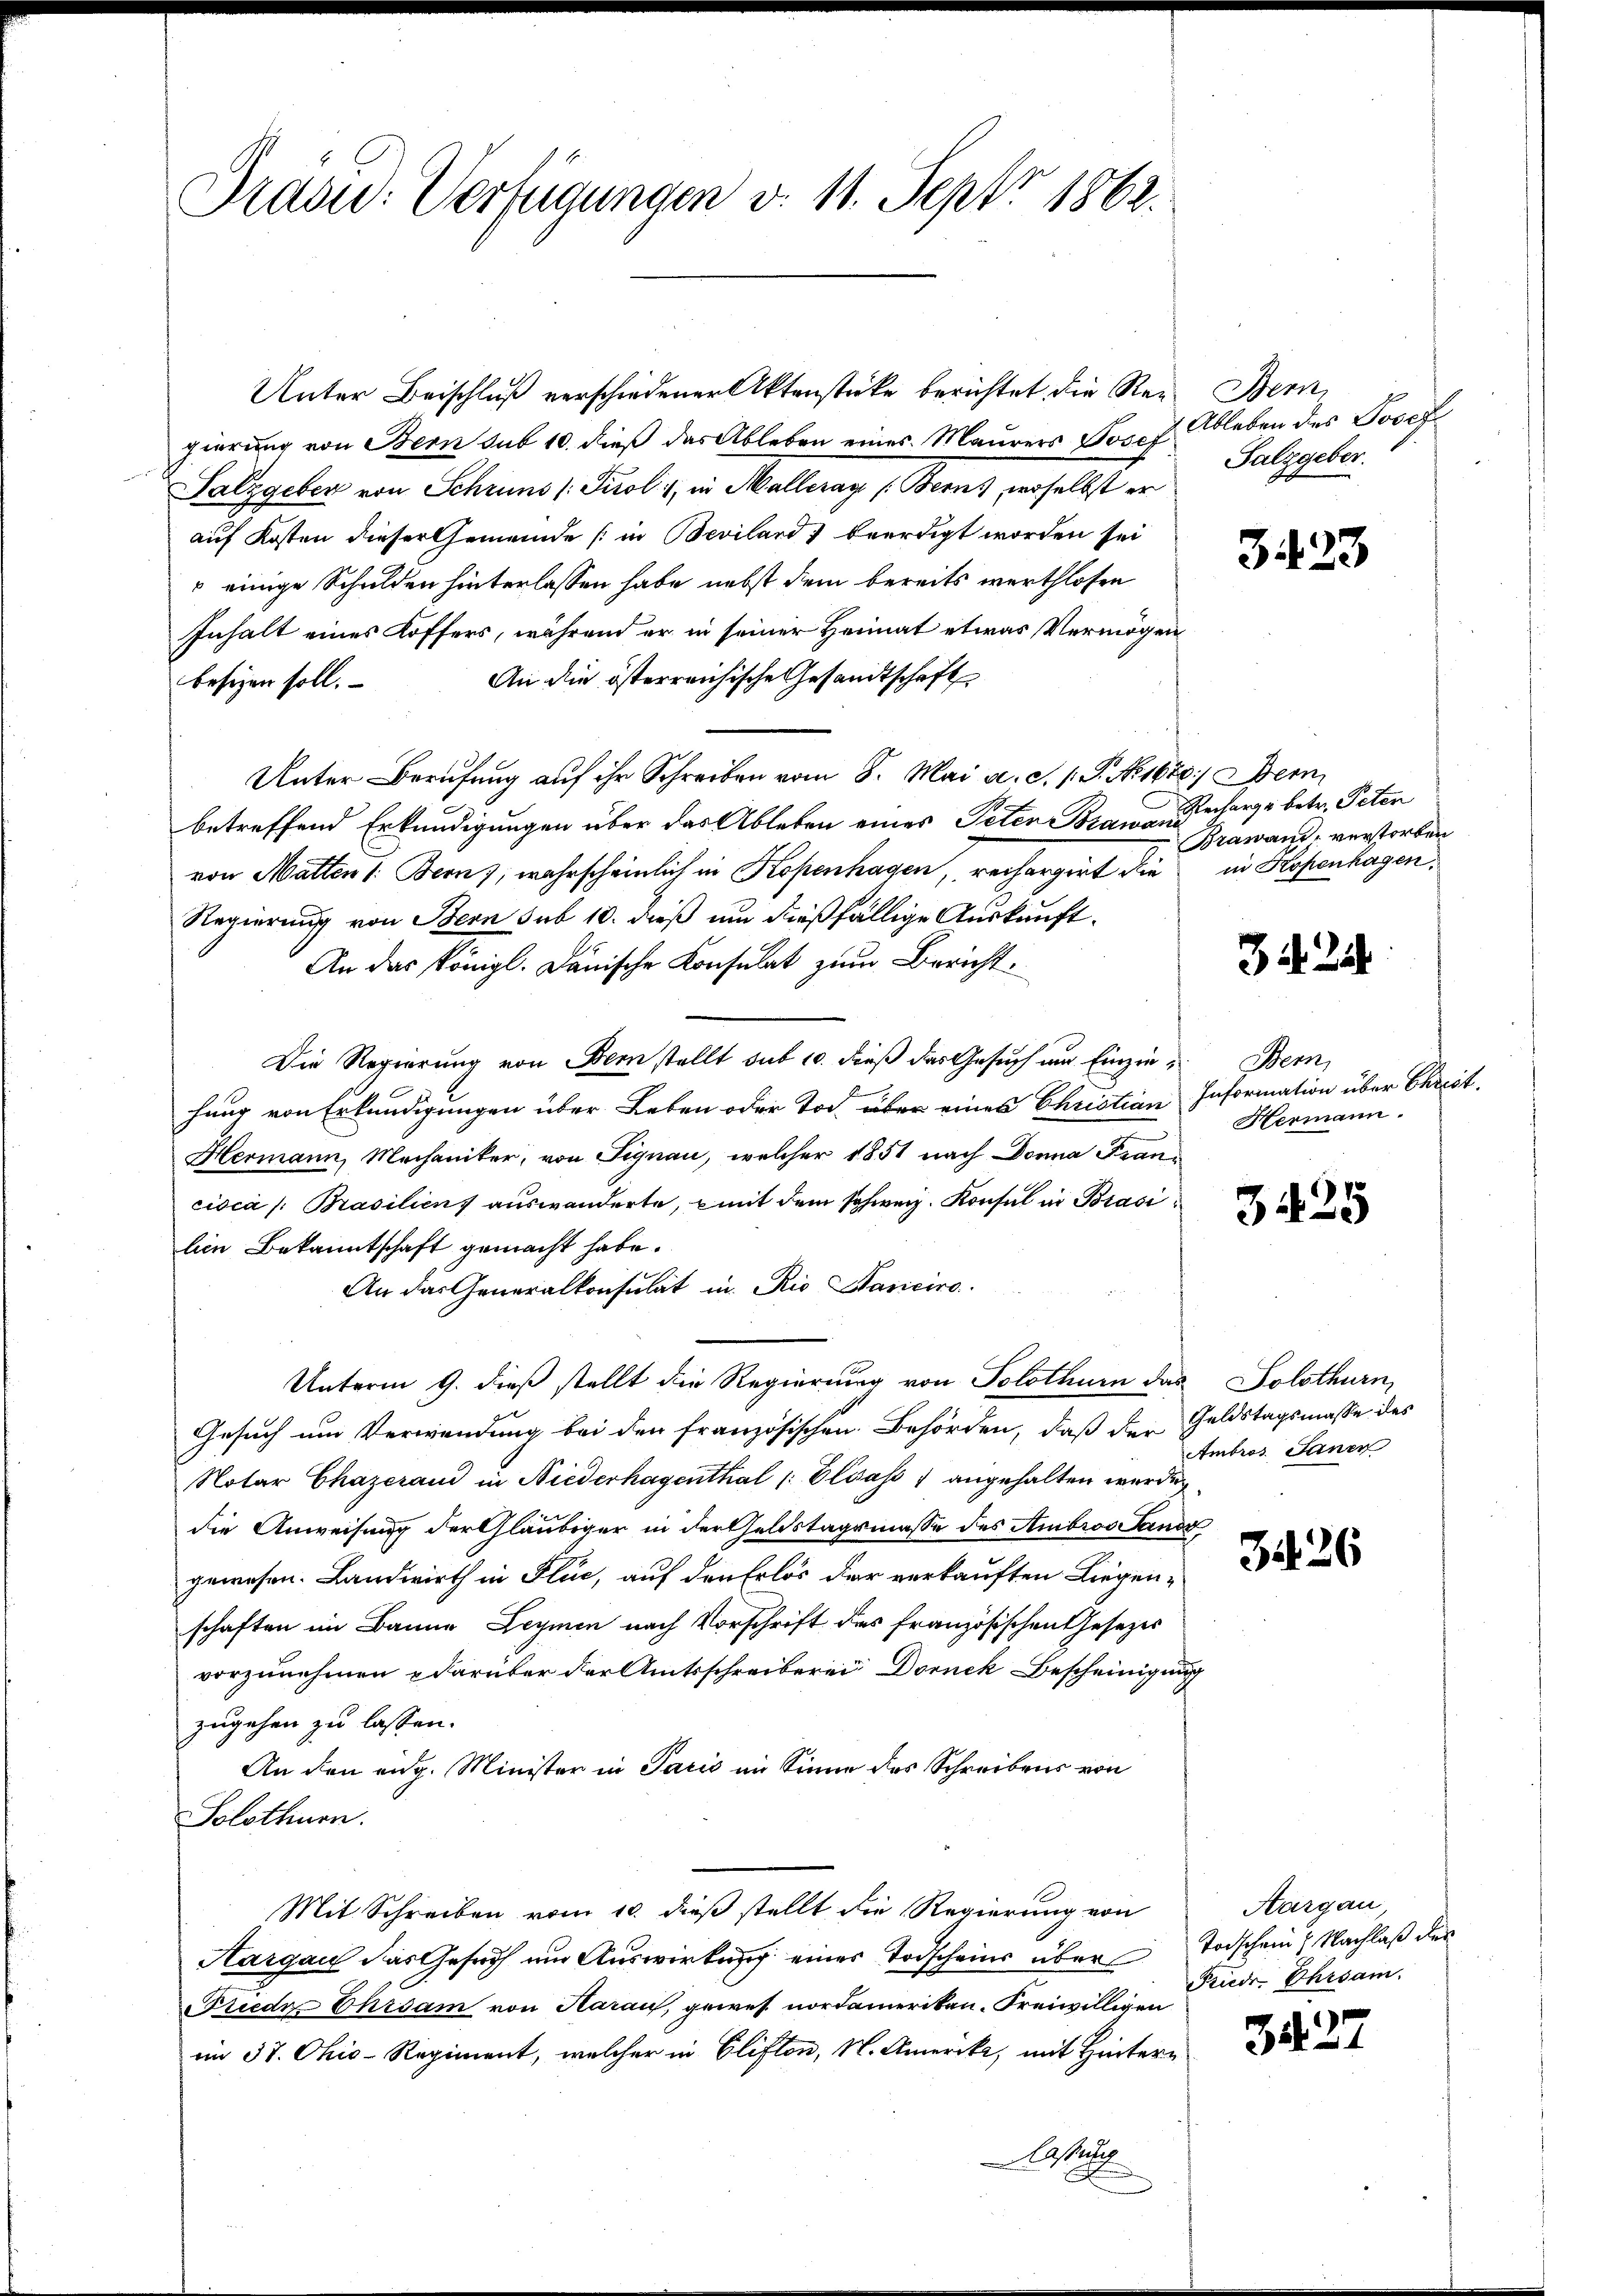
Präsid.: Verfügungen v. 11. Sept. 1862.

Unter Beischluß verschiedener Aktenstücke berichtet die Reue Bern,
gierung von Bern sub 10. dieß das Ableben eines Maurers Josef Salzgeber.
Salzgeber von Schruns (Juol. 1, in Malleray (Berns, woselbst er
auf Kosten dieser Gemeinde (in Bevilard, beerdigt worden sei
 einige Schulden hinterlassen habe, nebst dem bereits werthlosen
Inhalt eines Koffers, während er in seiner Heimat etwas Vermögen
An die österreichische Gesandtschaft
besizen soll.
Unter Berufung auf ihr Schreiben vom 8. Mai a. d. 1. G. N. 1620) Bern
betreffend Erkundigungen über das Ableben eines Peter Brawari
von Matten (: Bern), wahrscheinlich in Kopenhagen, rechargirt die in Kopenhagen.
Regierung von Bern sub 10. dieß um dießfällige Auskunft.
An das Königl. Danische Konsulat zum Bericht.
Die Regierung von Bern stellt sub 10. dieß das Gesuch um Einzin- Bern,
hung von Erkundigungen über Leben oder Tod über eines Christian Information über Christ.
Hermann, Mechaniker, von Signau, welcher 1851 nach Donna Francisca /: Brasilien auswanderte, mit dem schweiz. Konsul in Brasilin Bekanntschaft gemacht habe.
An das Generalkonsulat in Rio Sanicire
Unterm 9. dieß stellt die Regierung von Solothum das Solothurn,
Gesuch um Verwendung bei den französischen Behörden, daß der Geldstagsmasse des
Notar Chazerand in Niederhagenthal Elsass angehalten werde,
die Anweisung der Gläubiger in der Geldstagsmasse des Ambros Sands
gewesen. Landwirth in Fluc, auf den Erlös der verkauften Liegenschaften im Banne Leymen nach Vorschrift des französischen Gesetzes
vorzunehmen darüber der Amtsschreiberei Dornek Bescheinigung
zugehen zu lassen.
An den eng. Minister in Paris im Sinne des Schreibens von
Solothurn.
Mit Schreiben vom 10. dieß stellt die Regierung von
Aargau das Gesuch um Auswirkung einer Todscheins über Todschein Nachlaß des
Friede Ehrsam von Aarau, gewes nordamerikan. Freiwilligen
im 37. Chio-Regiment, welcher in Clifton, N. Amerika, mit Hinter¬
Aassung

Ableben des Josef

3423

Recharge betr. Peten
Brawand verstorben

. 25

Hermann.

3425

Ambros. Janer

3426

Aargau
Friedr Ehrsam.

3427